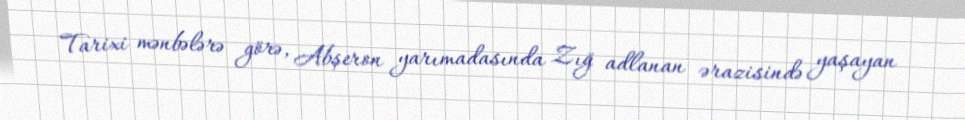
Tarixi mənbələrə görə, Abşeron yarımadasında Zığ adlanan ərazisində yaşayan